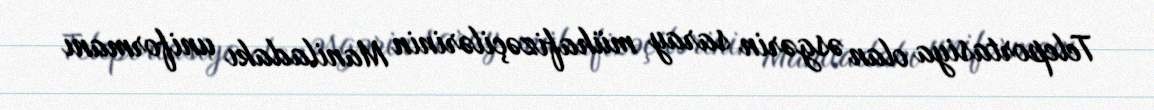
Teleportasiya olan əsgərin saray mühafizəçilərinin Maniladakı uniformanı